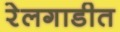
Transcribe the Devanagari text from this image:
रेलगाडीत